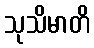
သုသိမာတိ